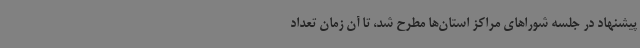
پیشنهاد در جلسه شوراهای مراکز استان‌ها مطرح شد، تا آن زمان تعداد